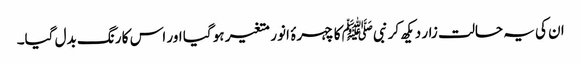
ان کی یہ حالت زار دیکھ کر نبیﷺ کا چہرۂ انور متغیر ہو گیا اور اس کا رنگ بدل گیا۔